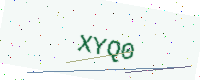
Text: XYQ0